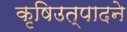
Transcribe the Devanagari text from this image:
कृषिउत्पादने